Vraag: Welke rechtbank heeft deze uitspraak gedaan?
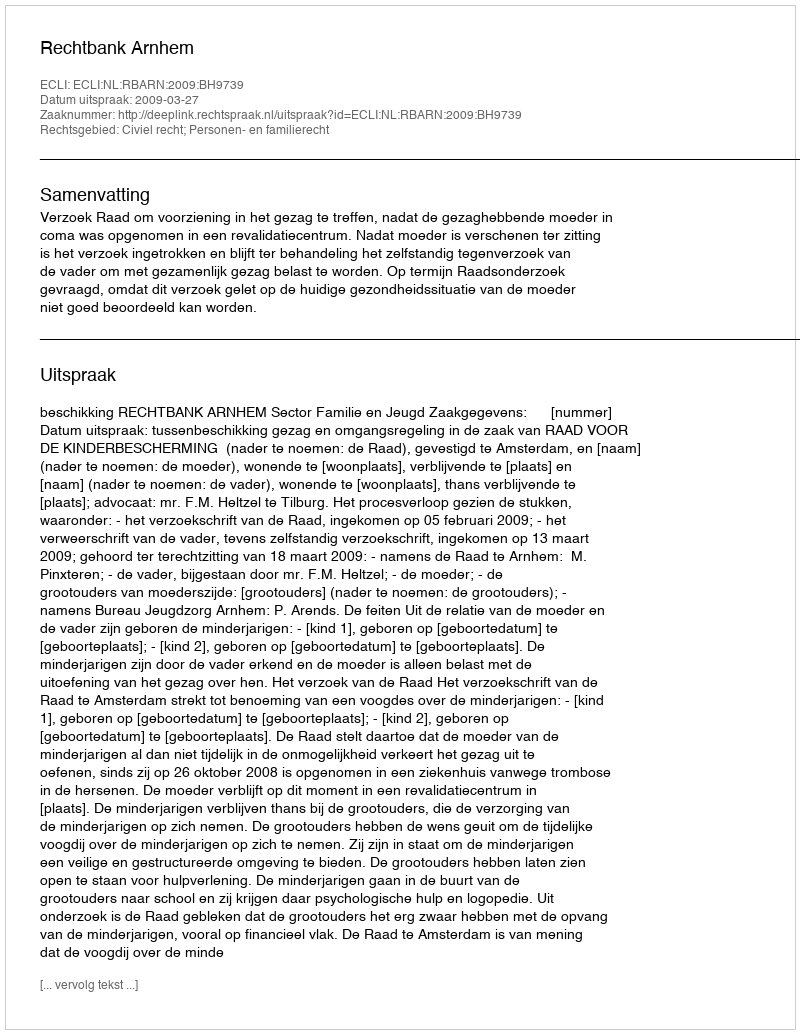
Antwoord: Rechtbank Arnhem